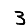
Digit: 3